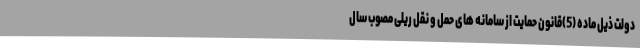
دولت ذیل ماده (5)قانون حمایت از سامانه های حمل و نقل ریلی مصوب سال